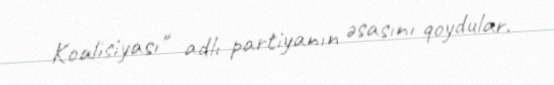
Koalisiyası" adlı partiyanın əsasını qoydular.